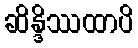
ဆိန္ဒိဿထာပိ